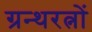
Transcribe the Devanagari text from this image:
ग्रन्थरत्नों